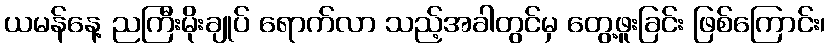
ယမန်နေ့ ညကြီးမိုးချုပ် ရောက်လာ သည့်အခါတွင်မှ တွေ့ဖူးခြင်း ဖြစ်ကြောင်း၊